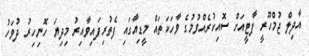
އާދިލް ޖުމްހޫރީ ޕާޓީއަށް ސޮއިކުރެއްވުމުގެ ވާހަކަތައް މީޑިއާގައި ފެތުރިފައިވާއިރު މިދިޔަ ހޮނިހިރު ދުވަހު